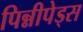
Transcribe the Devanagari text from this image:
पिन्नीपेड्स